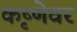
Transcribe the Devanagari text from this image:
कृष्णेवर